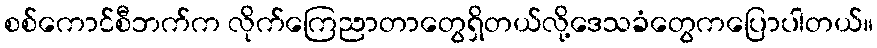
စစ်ကောင်စီဘက်က လိုက်ကြေညာတာတွေရှိတယ်လို့ဒေသခံတွေကပြောပါတယ်။